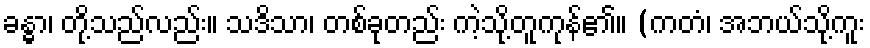
ခန္ဓာ၊ တို့သည်လည်း။ သဒိသာ၊ တစ်ခုတည်း ကဲ့သို့တူကုန်၏။ (ကတံ၊ အဘယ်သို့ကူး